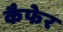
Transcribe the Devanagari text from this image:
कैफेर